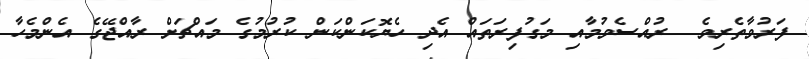
ފަރުވާތެރިވެ  ރުއްސެވުމާއި މަގުފިރަތައް އެދި ހެޔޮކަންކަން ކުރުމުގެ މައްޗަށް ރާއްޖޭގެ އެންމެހާ